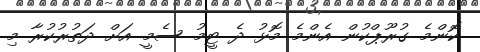
ކޮންމެ ގުރޫޕްކުން އެންމެ މޮޅު ދެ ޓީމު ސެމީ އަށް ދަތުރުކުރާ މި